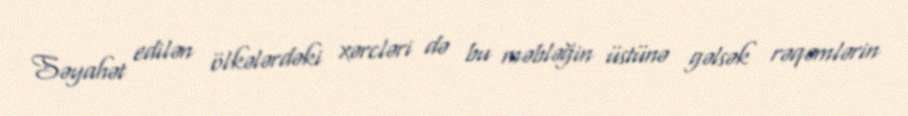
Səyahət edilən ölkələrdəki xərcləri də bu məbləğin üstünə gəlsək rəqəmlərin